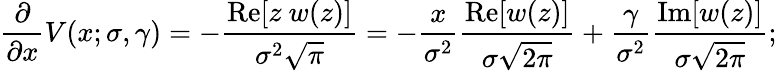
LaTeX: {\frac{\partial}{\partial x}}V(x;\sigma,\gamma)=-{\frac{\operatorname{Re}[z~w(z)]}{\sigma^{2}{\sqrt{\pi}}}}=-{\frac{x}{\sigma^{2}}}{\frac{\operatorname{Re}[w(z)]}{\sigma{\sqrt{2\pi}}}}+{\frac{\gamma}{\sigma^{2}}}{\frac{\operatorname{Im}[w(z)]}{\sigma{\sqrt{2\pi}}}};